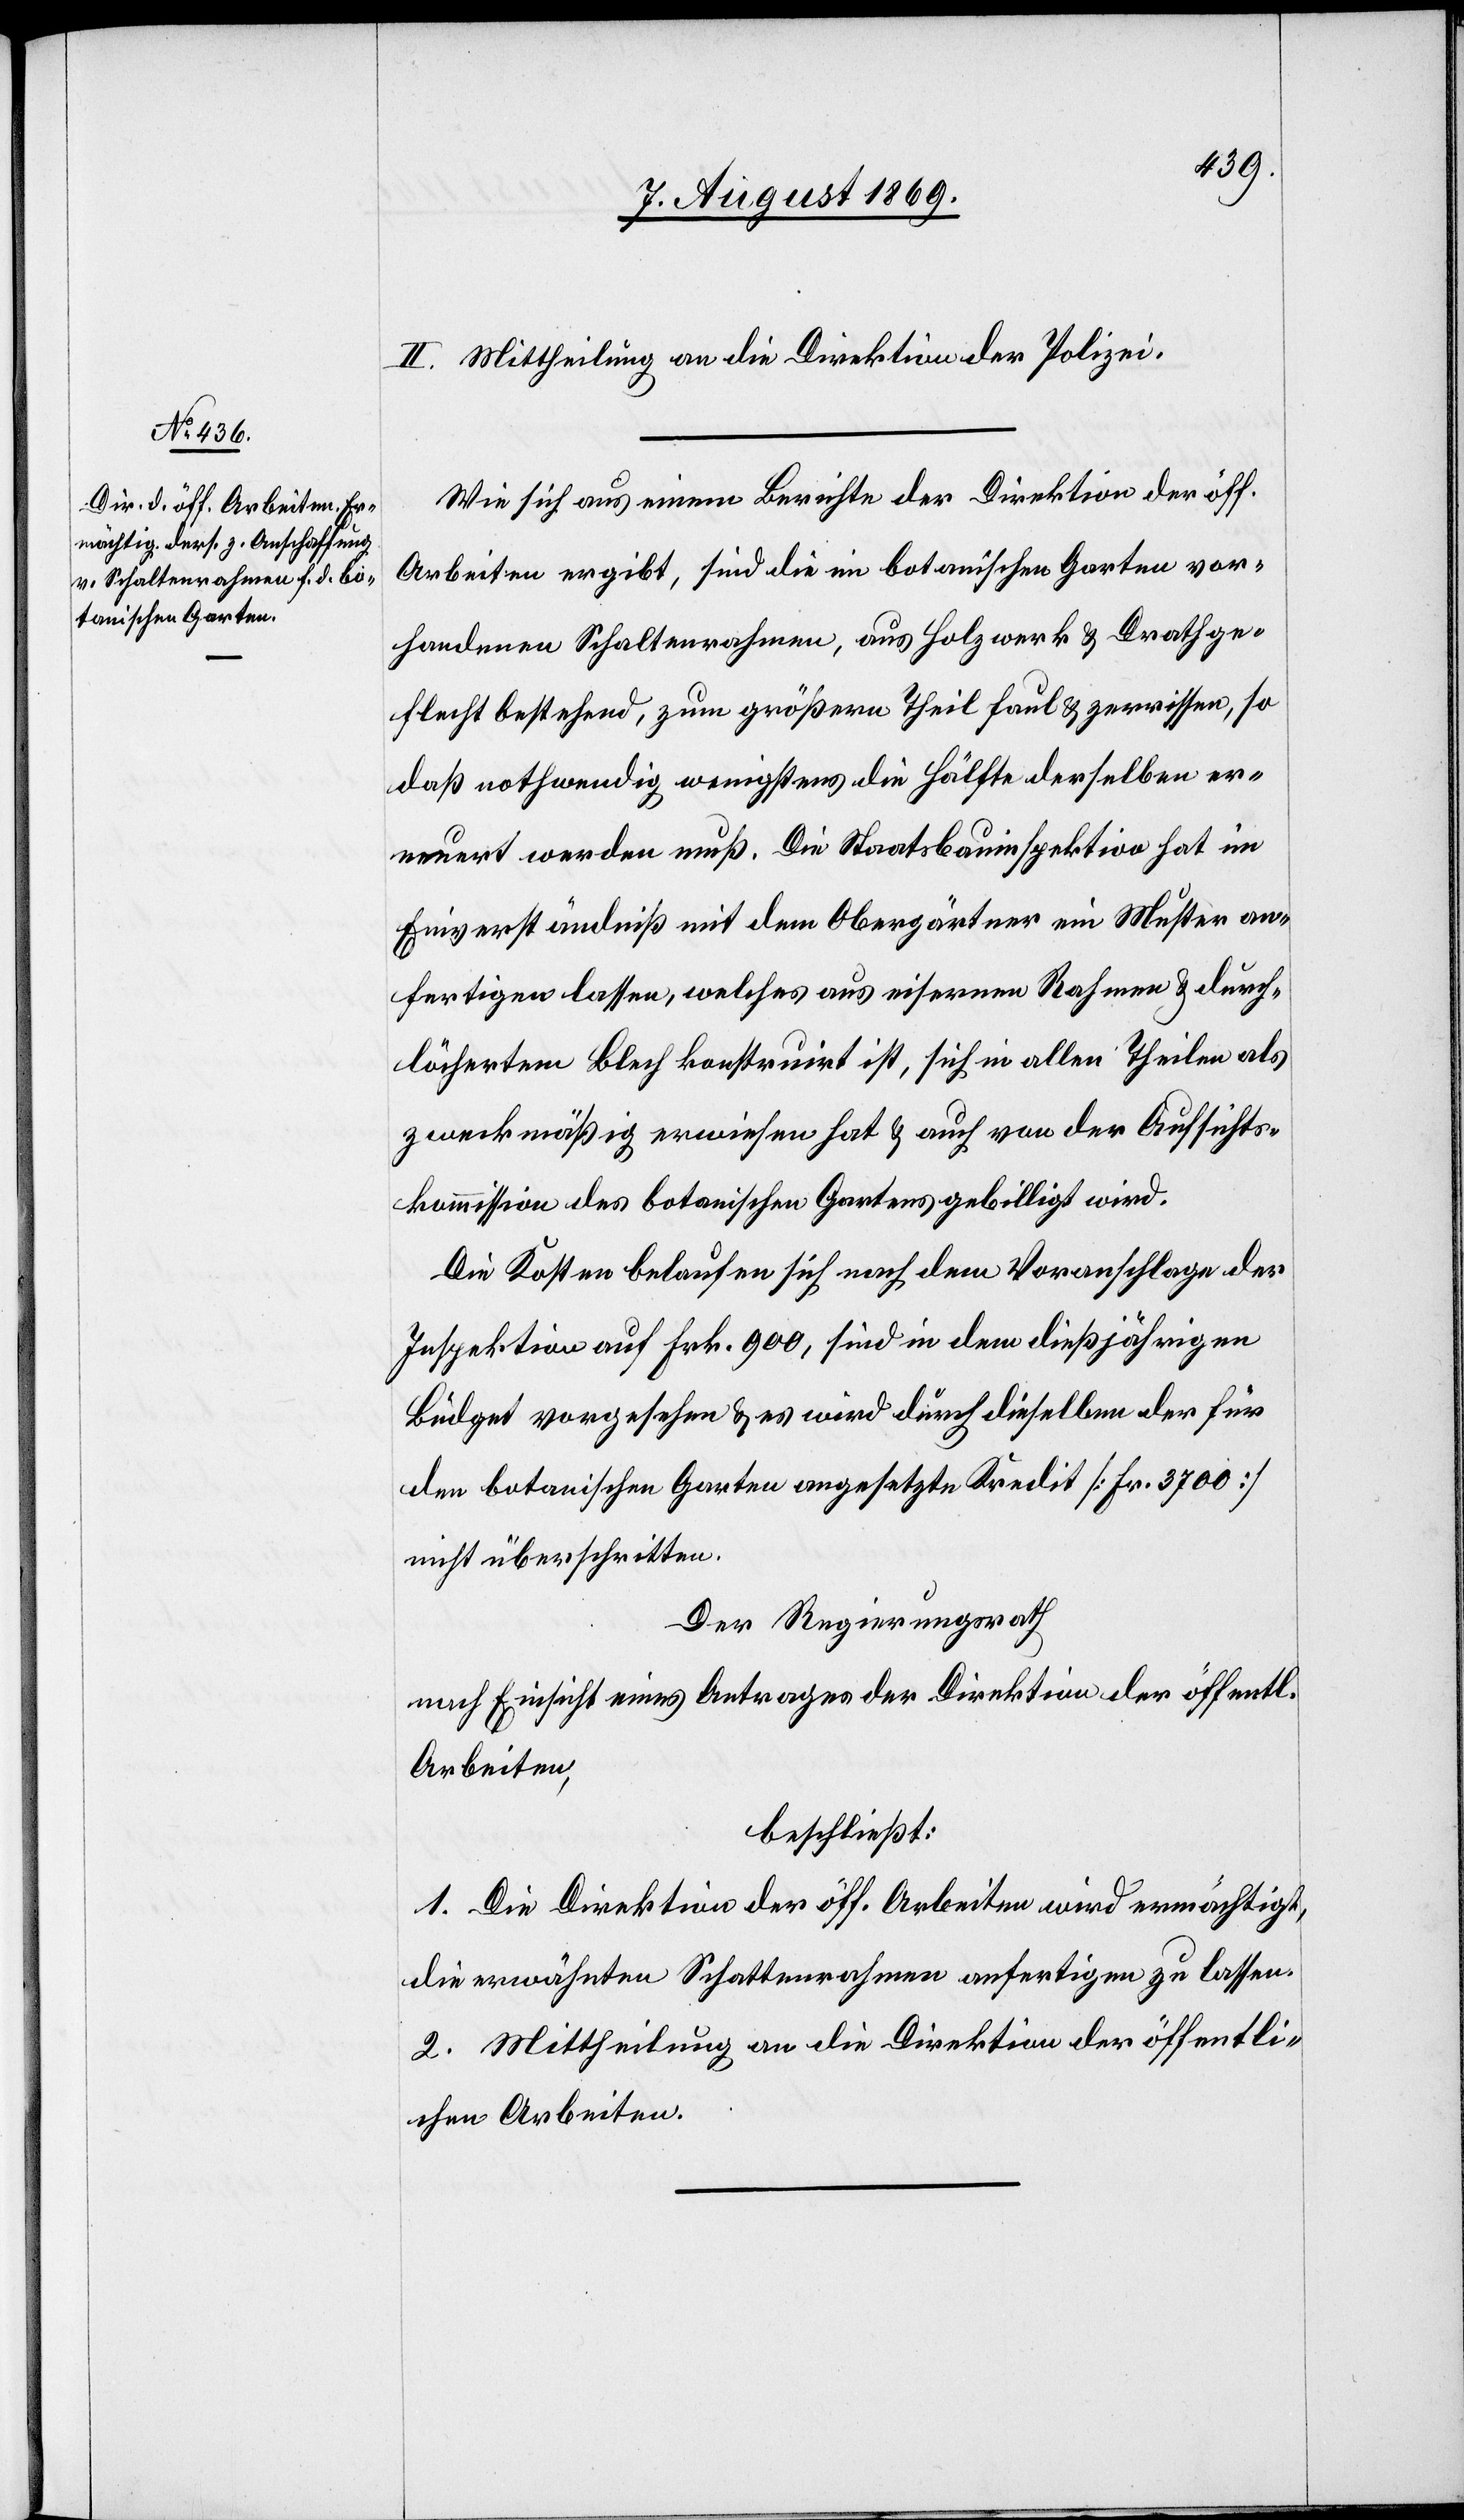
II. Mittheilung an die Direktion der Polizei.
Wie sich aus einem Berichte der Direktion der öff.
Arbeiten ergibt, sind die im botanischen Garten vor¬
handenen Schaltenrahmen, aus Holzwerk & Drathge¬
flecht bestehend, zum größern Theil faul & zerrissen, so
daß nothwendig wenigstens die Hälfte derselben er¬
neuert werden muß. Die Staatsbauinspektion hat im
Einverständniß mit dem Obergärtner ein Muster an¬
fertigen lassen, welches aus eisernen Rahmen & durch¬
löchertem Blech konstruirt ist, sich in allen Theilen als
zweckmäßig erwiesen hat & auch von der Aufsichts¬
kommission des botanischen Gartens gebilligt wird.
Die Kosten belaufen sich nach dem Voranschlage der
Inspektion auf Frk. 900, sind in dem diesjährigen
Büdget vorgesehen & es wird durch dieselben der für
den botanischen Garten angesetzte Kredit [Fr. 3700]
nicht überschritten.
Der Regierungsrath
nach Einsicht eines Antrages der Direktion der öffentl.
Arbeiten,
beschließt:
1. Die Direktion der öff. Arbeiten wird ermächtigt,
die erwähnten Schaltenrahmen anfertigen zu lassen.
2. Mittheilung an die Direktion der öffentli¬
chen Arbeiten.